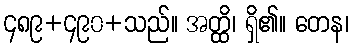
၄၈၉+၄၉၀+သည်။ အတ္ထိ၊ ရှိ၏။ တေန၊